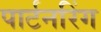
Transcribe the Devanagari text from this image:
पार्टनरिंग